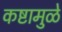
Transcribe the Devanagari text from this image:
कष्टामुळे